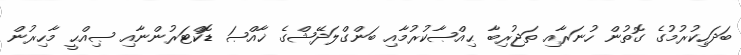
ބަދަހިކުރުމުގެ ގޮތުން ހުނަރާއި ތަޖުރިބާ ޙިއްޞާކުރުމާއި ބަންގްލަދޭޝްގެ ޚާއްޞަ ޑޮކްޓަރުންނާއި ޞިއްޙީ މާހިރުން